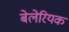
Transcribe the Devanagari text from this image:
बेलेरियक